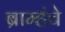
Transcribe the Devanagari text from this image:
ब्राम्हंचे